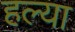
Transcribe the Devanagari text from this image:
हल्या